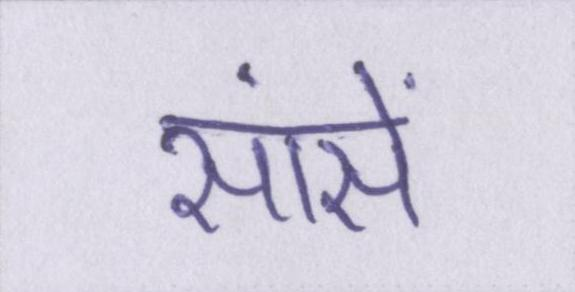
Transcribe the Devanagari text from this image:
सांसें